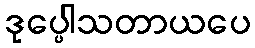
ဒုပ္ပေါသတာယပေ